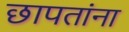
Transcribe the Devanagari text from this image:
छापतांना